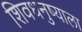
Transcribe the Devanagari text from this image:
शिवधनुष्याला